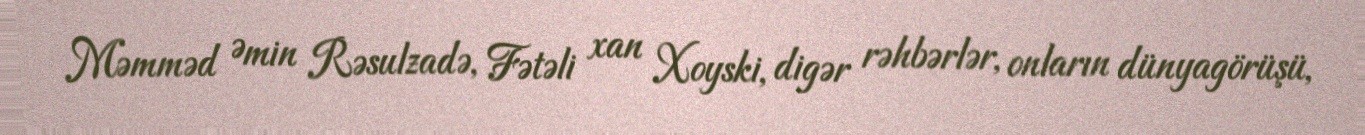
Məmməd Əmin Rəsulzadə, Fətəli xan Xoyski, digər rəhbərlər, onların dünyagörüşü,